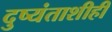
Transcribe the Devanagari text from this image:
दुष्यंताशीही